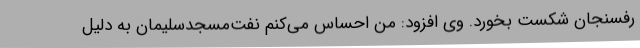
رفسنجان شکست بخورد. وی افزود: من احساس می‌کنم نفت‌مسجدسلیمان به دلیل